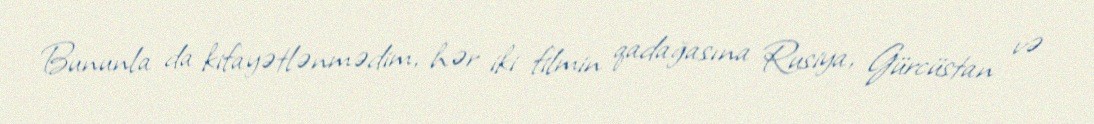
Bununla da kifayətlənmədim, hər iki filmin qadağasına Rusiya, Gürcüstan və